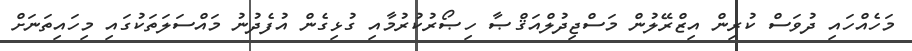
މަހެއްހައި ދުވަސް ކުރިން އިޒްރޭލުން މަސްޖިދުލްއަޤްޞާ ހިޞޯރުކުރުމާއި ގުޅިގެން އުފެދުނު މައްސަލަތަކުގައި މިހައިތަނަށް